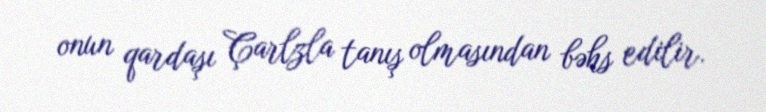
onun qardaşı Çarlzla tanış olmasından bəhs edilir.